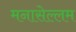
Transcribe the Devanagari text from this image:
मनासेल्लम